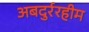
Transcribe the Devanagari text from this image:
अबदुर्ररहीम